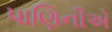
પાણિનીએ